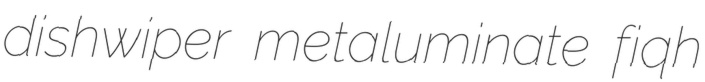
dishwiper metaluminate fiqh